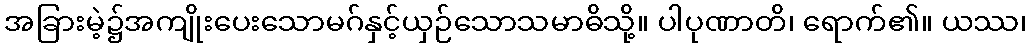
အခြားမဲ့၌အကျိုးပေးသောမဂ်နှင့်ယှဉ်သောသမာဓိသို့။ ပါပုဏာတိ၊ ရောက်၏။ ယဿ၊